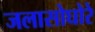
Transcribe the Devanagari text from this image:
जलासोघोरे